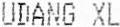
UDANG XL